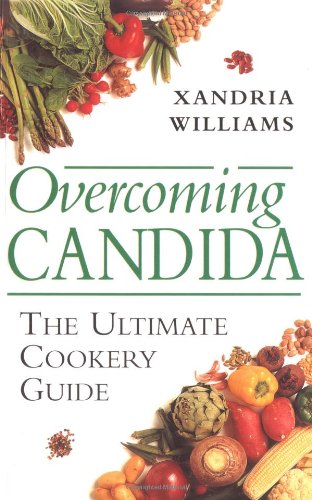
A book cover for Overcoming Candida: The Ultimate Cookery Guide; Xandria Williams; Health, Fitness & Dieting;